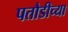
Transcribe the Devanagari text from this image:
पतौडीच्या